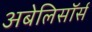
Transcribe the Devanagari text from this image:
अबेलिसॉर्स